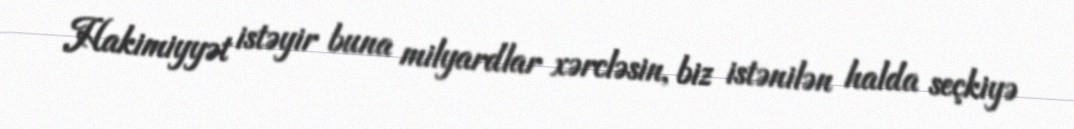
Hakimiyyət istəyir buna milyardlar xərcləsin, biz istənilən halda seçkiyə